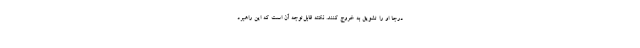
درجا او را تشویق به خروج کنند. نکته قابل‌توجه آن است که این راهبرد